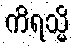
ကိရသ္မိ